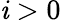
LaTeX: \mathit{i}>0